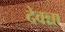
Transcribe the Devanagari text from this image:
देवन्ना